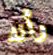
وأنه